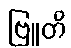
ဗြူတိ